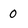
Character: 0